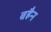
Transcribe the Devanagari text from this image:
बह्रैन